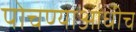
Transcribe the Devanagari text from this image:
पोचण्याआधीच